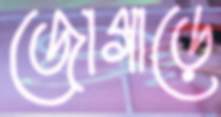
জোগাড়ে